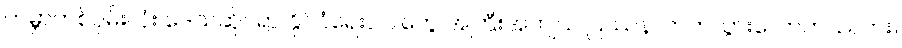
ကမ္ဘာတစ်ဝှမ်းလုံး ဒေသဆိုင်ရာ နိုင်ငံရေးပါဝါတွေ အကြီးအကျယ် ပြဿနာတက်သွားလောက်သလား။